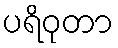
ပရိဝုတာ